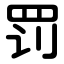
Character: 罚